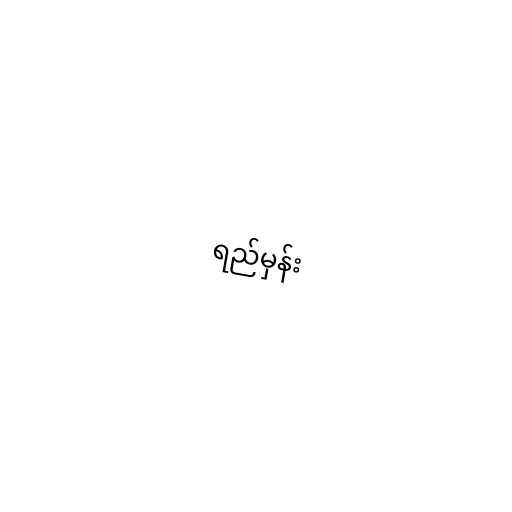
ရည်မှန်း